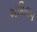
અમિતાબ